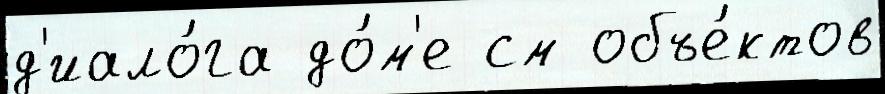
д'иало́га до́м'е см объе́ктов